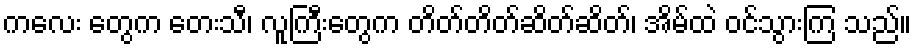
ကလေး တွေက တေးသီ၊ လူကြီးတွေက တိတ်တိတ်ဆိတ်ဆိတ်၊ အိမ်ထဲ ဝင်သွားကြ သည်။